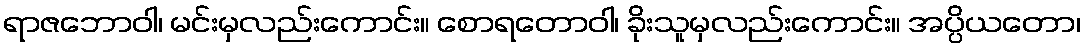
ရာဇဘောဝါ၊ မင်းမှလည်းကောင်း။ စောရတောဝါ၊ ခိုးသူမှလည်းကောင်း။ အပ္ပိယတော၊